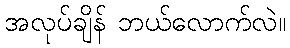
အလုပ်ချိန် ဘယ်လောက်လဲ။